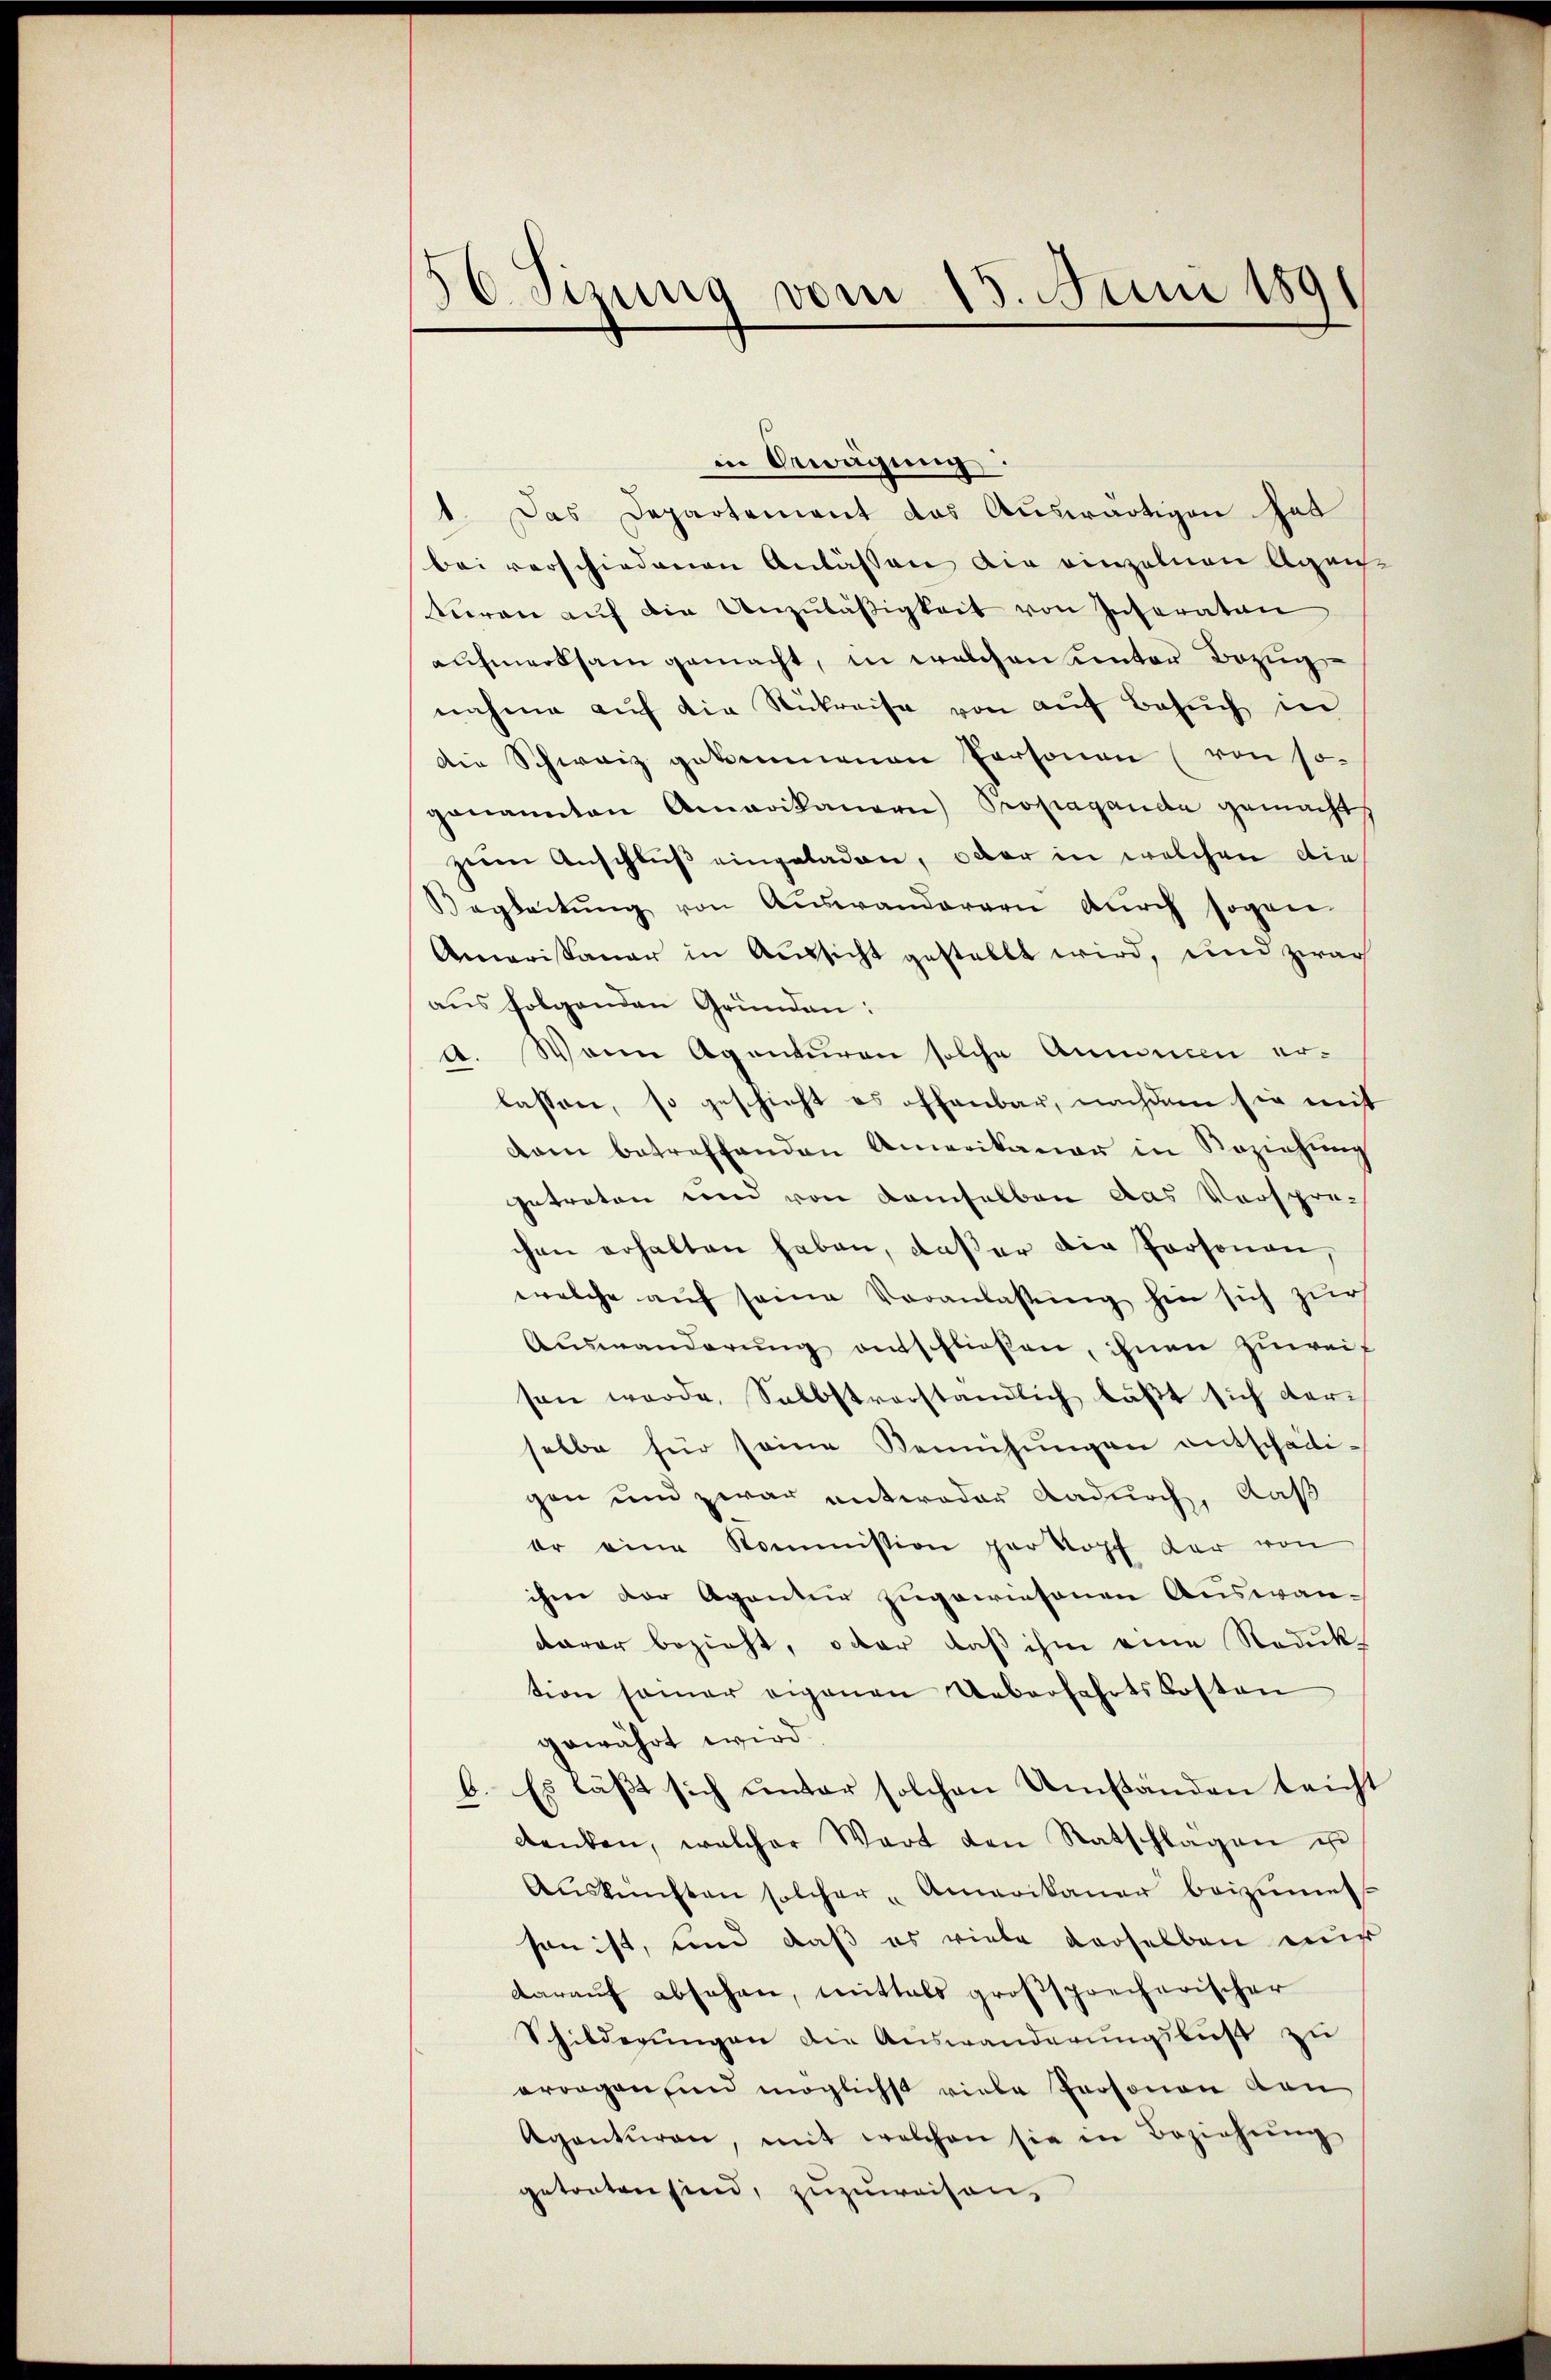
.
30. Sizung vom 15. Juni 1891

in Bewägung
1. Das Departement das Auswärtigen hat
bei verschiedenen Anlassen die einzelnen Agentiren aŭf die Unzuläßigkeit von Inseraten
aufmerksam gemacht, in welchen unter Bezug
nahme auf die Stukreise von auf Besuch in
die Schweiz gekommenen Personen (von so
genannten Amerikanern Propaganda gemacht,
zum Anschluß eingeladen, oder in welchen die¬
Begleitŭng von Auswanderern dŭrch sogen
Amerikaner in Aussicht gestellt wird, und zwar
aŭs folgenden Gründen:
A. Wenn Agenturen solche Annoncen erlassen, so geschieht es offenbar, nachdem sie mit
dam betreffenden Amerikaner in Beziehŭng
getreten und von demselben das Versprech
chen erhalten haben, daß er die Personen,
welche aŭf seine Veranlassŭng hin sich zur
Auswanderŭng entschließen, ihnen zuweif
sen werde, Selbstverständlich läßt sich derselbe für seine Bemühungen entschädi-
gen und zwar entweder Dadurch, daß
er eine Kommission par Kopf der von
ihme der Agentur zugewiesenen Auswandarer bezieht, oder daß ihm eine Reduk
tion samer eigenen Ueberfahrtskosten
gewährt wird.
b. Es läßt sich unter solchen Umständen leicht
denken, welcher Wart den Ratschlagen u
Aŭskŭnften solcher "Amerikaner beizumes
son ist, und daß es viele derselben nur
darauf absehen, mittals grossprecherischer
Schilderungen die Auswanderungslust zu
orragen und möglichst viele Personen den
Agenturen, mit welchen sie in Beziehŭng
getreten sind, zuzuweisen.